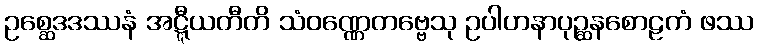
ဥစ္ဆေဒဒဿနံ အဋ္ဋီယတီတိ သံဝဏ္ဏေတဗ္ဗေသု ဥပါဟနာပုဉ္ဆနစောဠကံ ဖဿ